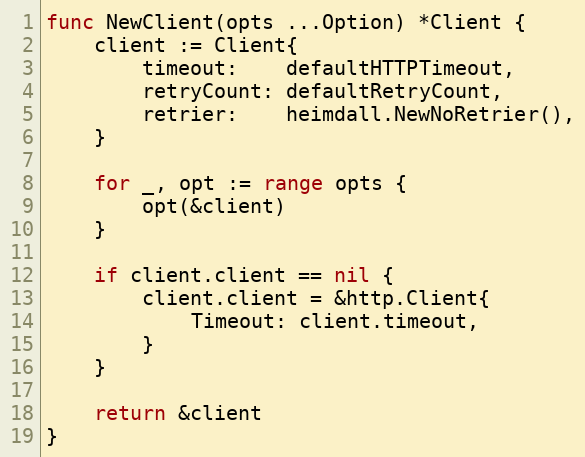
Language: Go
func NewClient(opts ...Option) *Client {
	client := Client{
		timeout:    defaultHTTPTimeout,
		retryCount: defaultRetryCount,
		retrier:    heimdall.NewNoRetrier(),
	}

	for _, opt := range opts {
		opt(&client)
	}

	if client.client == nil {
		client.client = &http.Client{
			Timeout: client.timeout,
		}
	}

	return &client
}